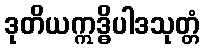
ဒုတိယဣဒ္ဓိပါဒသုတ္တံ